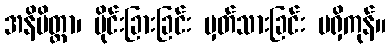
အနိမိတ္တာ၊ ပိုင်းခြားခြင်း မှတ်သားခြင်း မရှိကုန်။